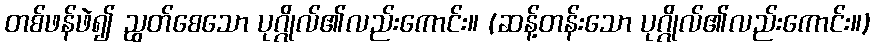
တစ်ဖန်ဖဲ၍ ညွတ်စေသော ပုဂ္ဂိုလ်၏လည်းကောင်း။ (ဆန့်တန်းသော ပုဂ္ဂိုလ်၏လည်းကောင်း။)